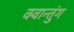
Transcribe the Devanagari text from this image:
क्वान्तुंग